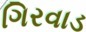
ગિરવાડ